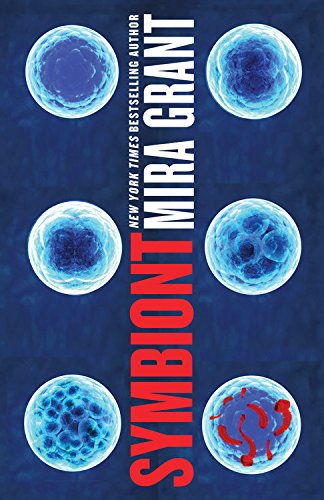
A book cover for Symbiont (Parasitology); Mira Grant; Science Fiction & Fantasy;